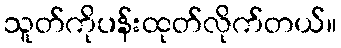
သူတ်ကိုပန်းထုတ်လိုက်တယ်။